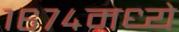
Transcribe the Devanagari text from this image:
१६७४मध्ये